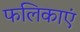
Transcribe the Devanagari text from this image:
फलिकाएं